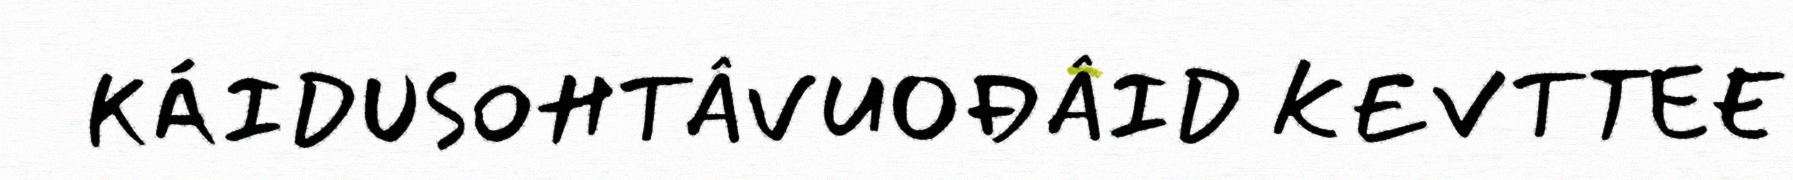
KÁIDUSOHTÂVUOĐÂID KEVTTEE